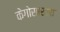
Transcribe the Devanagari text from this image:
केगोसारखा